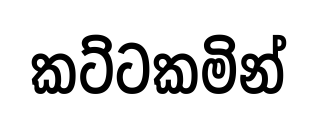
කට්ටකමින්